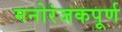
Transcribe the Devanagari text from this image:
मनोरंजकपूर्ण